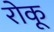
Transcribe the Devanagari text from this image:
रोकू